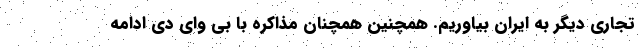
تجاری دیگر به ایران بیاوریم. همچنین همچنان مذاکره با بی وای دی ادامه